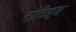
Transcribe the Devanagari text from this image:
मोटिफ़्स